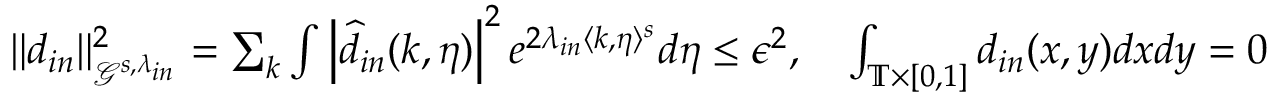
\begin{array} { r } { \| d _ { i n } \| _ { \mathcal { G } ^ { s , \lambda _ { i n } } } ^ { 2 } = \sum _ { k } \int \left| \widehat { d } _ { i n } ( k , \eta ) \right| ^ { 2 } e ^ { 2 \lambda _ { i n } \langle k , \eta \rangle ^ { s } } d \eta \leq \epsilon ^ { 2 } , \quad \int _ { \mathbb { T } \times [ 0 , 1 ] } d _ { i n } ( x , y ) d x d y = 0 } \end{array}